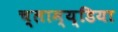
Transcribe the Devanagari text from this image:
च्लाम्य्डिया